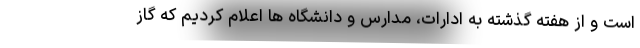
است و از هفته گذشته به ادارات، مدارس و دانشگاه ها اعلام کردیم که گاز